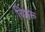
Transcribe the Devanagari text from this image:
चिथरू